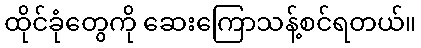
ထိုင်ခုံတွေကို ဆေးကြောသန့်စင်ရတယ်။